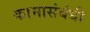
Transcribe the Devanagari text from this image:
कामासंबंधी